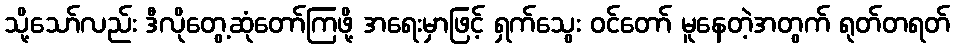
သို့သော်လည်း ဒီလိုတွေ့ဆုံတော်ကြဖို့ အရေးမှာဖြင့် ရှက်သွေး ဝင်တော် မူနေတဲ့အတွက် ရုတ်တရတ်